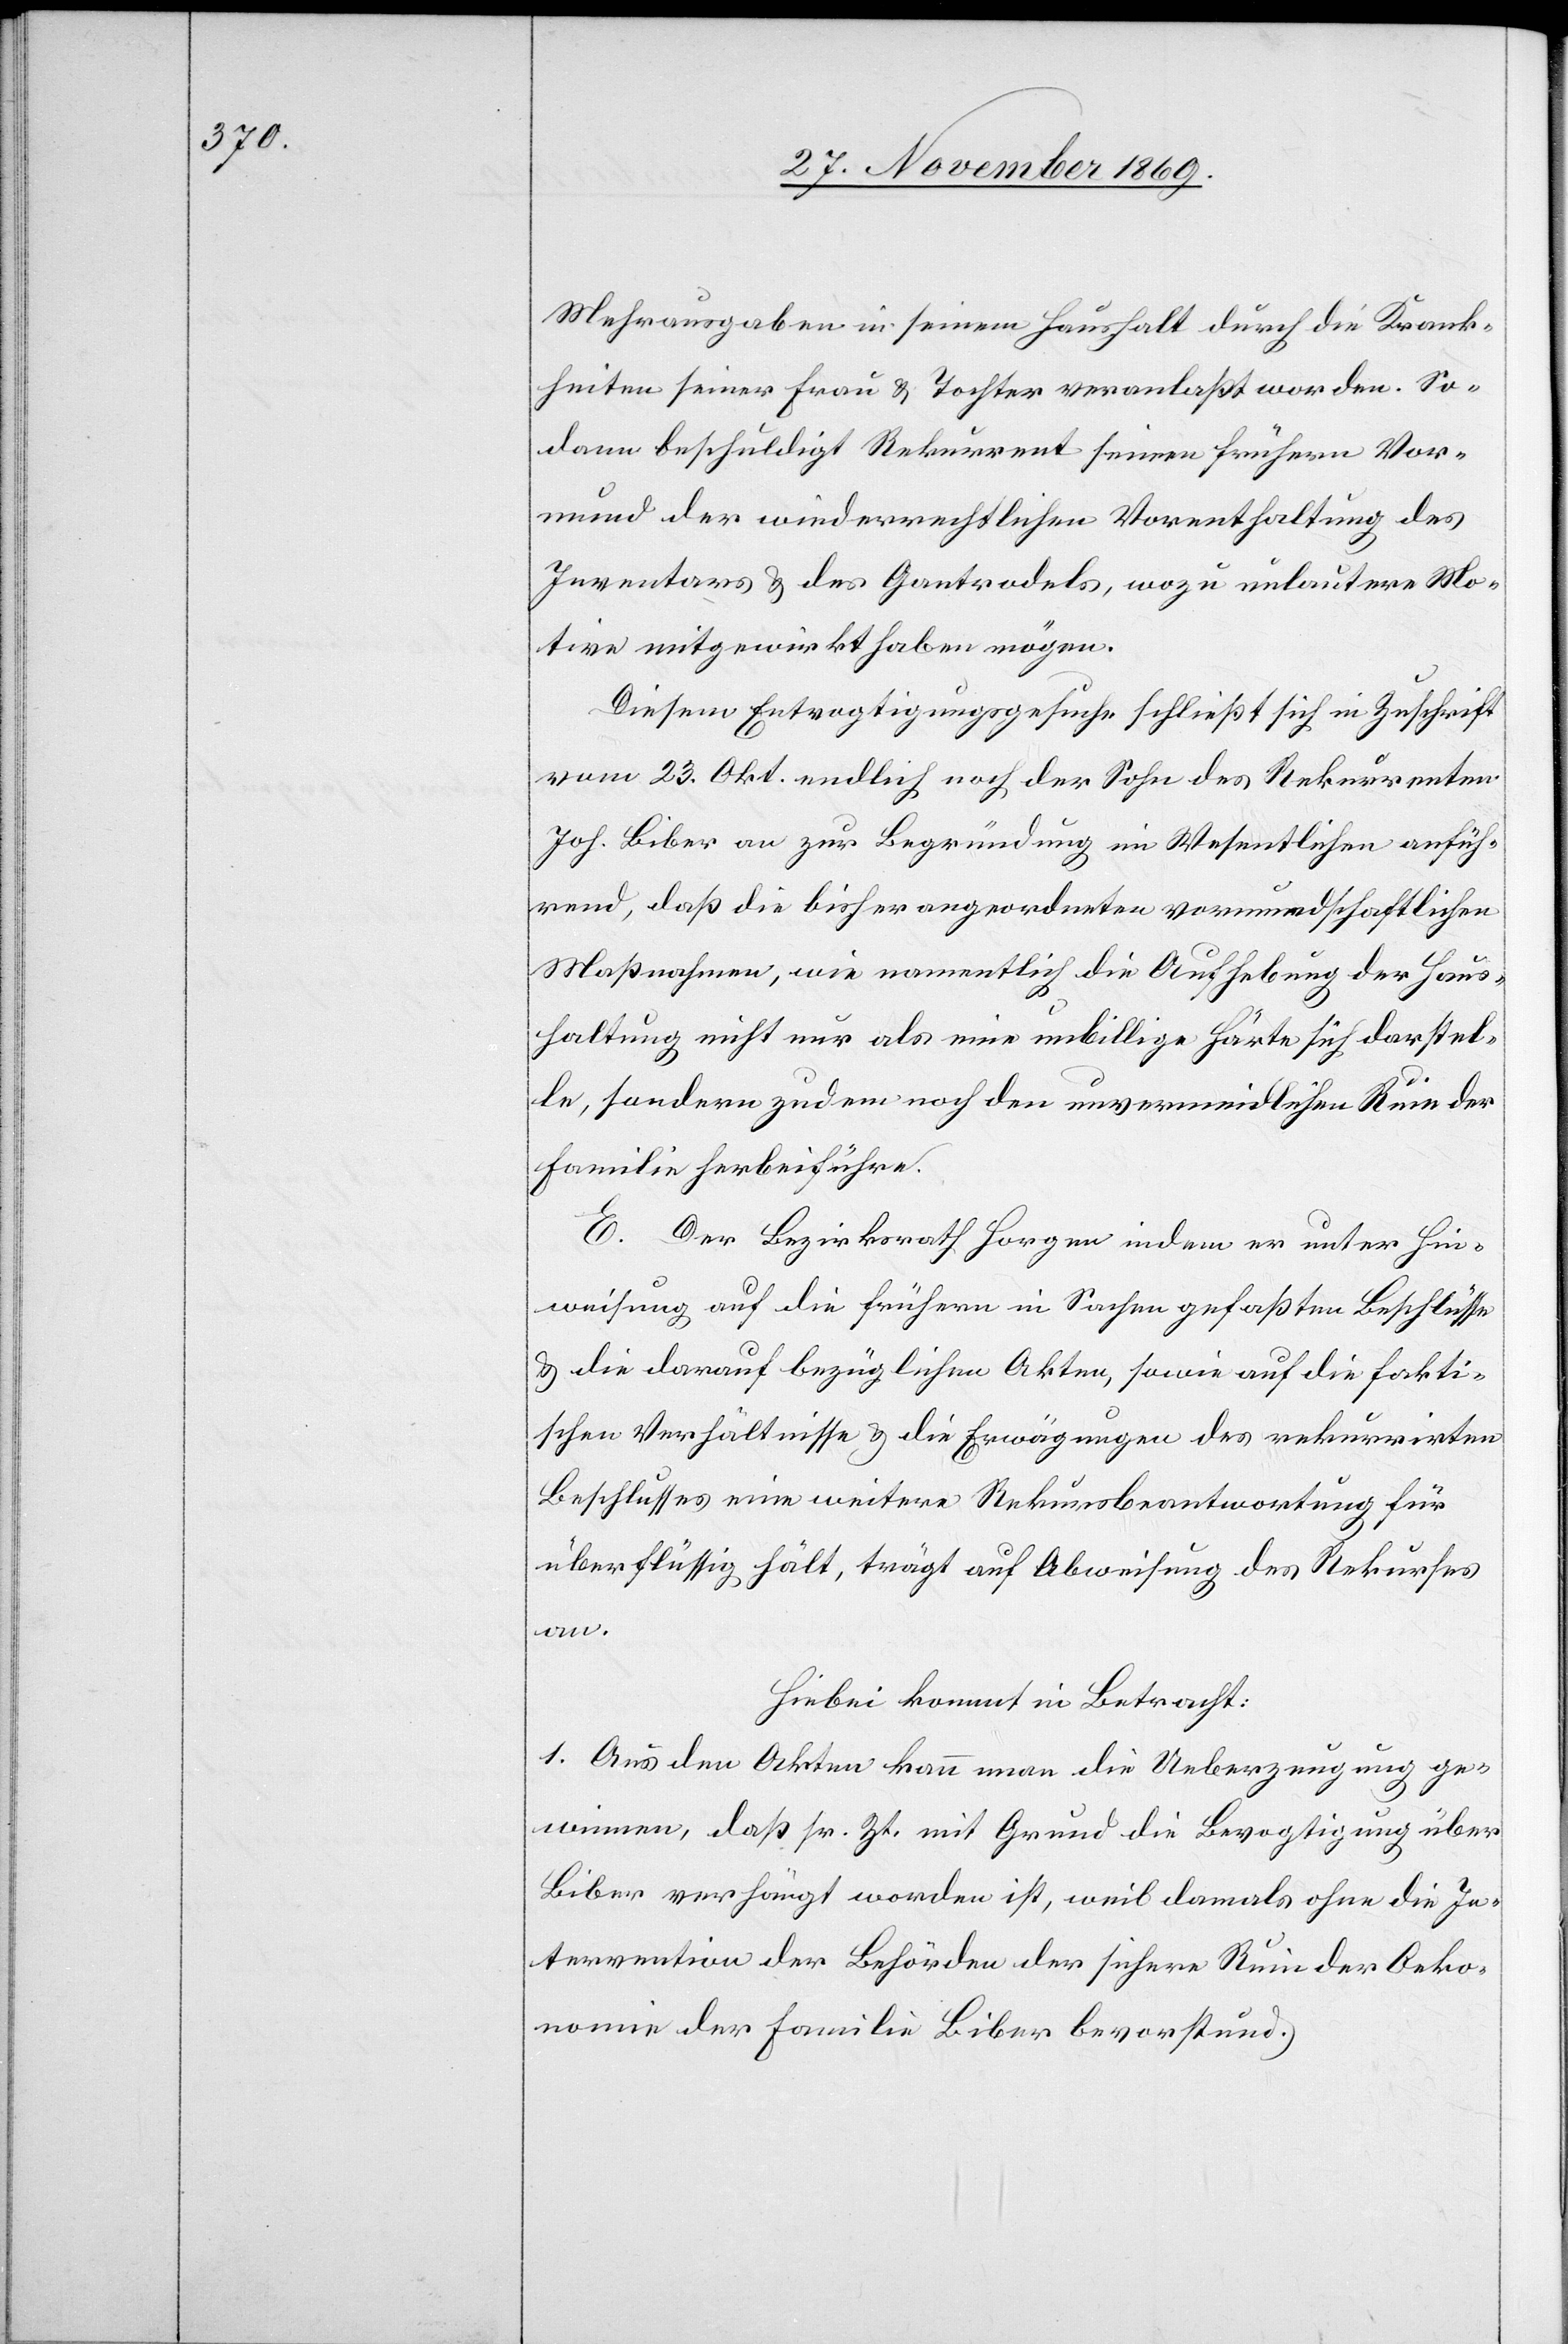
Mehrausgaben in seinem Haushalt durch die Krank¬
heiten seiner Frau & Tochter veranlaßt worden. So¬
dann beschuldigt Rekurrent seinen frühern Vor¬
mund der wiederrechtlichen Vorenthaltung des
Inventars & des Gantrodels, wozu unlautere Mo¬
tive mitgewirkt haben mögen.
Diesem Entvogtigungsgesuche schließt sich in Zuschrift
vom 23. Okt. endlich noch der Sohn des Rekurrenten
Joh. Biber an zur Begründung im Wesentlichen anfüh¬
rend, daß die bisher angeordneten vormundschaftlichen
Maßnahmen, wie namentlich die Aufhebung der Haus¬
haltung nicht nur als eine unbillige Härte sich darstel¬
le, sondern zudem noch den unvermeidlichen Ruin der
Familie herbeiführe.
E. Der Bezirksrath Horgen indem er unter Hin¬
weisung auf die frühern in Sachen gefaßten Beschlüsse
& die darauf bezüglichen Akten, sowie auf die fakti¬
schen Verhältnisse & die Erwägungen des rekurrirten
Beschlusses eine weitere Rekursbeantwortung für
überflüssig hält, trägt auf Abweisung des Rekurses
an.
Hiebei kommt in Betracht:
1. Aus den Akten kann man die Ueberzeugung ge¬
winnen, daß sr. Zt. mit Grund die Bevogtigung über
Biber verhängt worden ist, weil damals ohne die In¬
tervention der Behörden der sichere Ruin der Oeko¬
nomie der Familie Biber bevorstund.